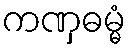
ကဏှဓမ္မံ